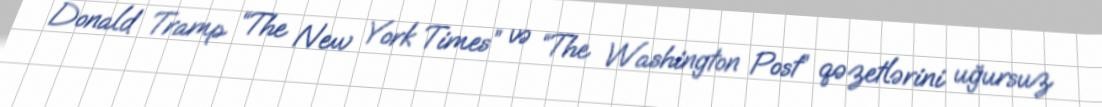
Donald Tramp “The New York Times” və “The Washington Post” qəzetlərini uğursuz